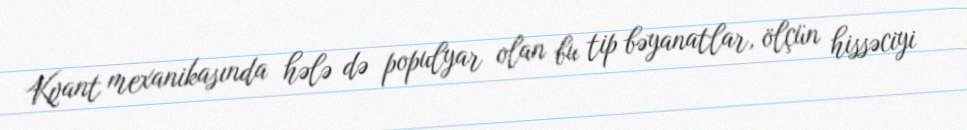
Kvant mexanikasında hələ də populyar olan bu tip bəyanatlar, ölçün hissəciyi